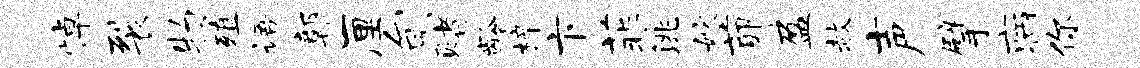
悼裂物殖语鄣厘旬赌龄梓卞菲洮嫁茆盈赦声擘病你